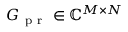
G _ { \mathrm { ~ p ~ r ~ } } \in \mathbb { C } ^ { M \times N }